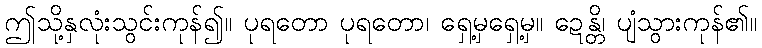
ဤသို့နှလုံးသွင်းကုန်၍။ ပုရတော ပုရတော၊ ရှေ့မှရှေ့မှ။ ဍေန္တိ၊ ပျံသွားကုန်၏။